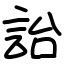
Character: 詒